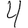
Digit: 4